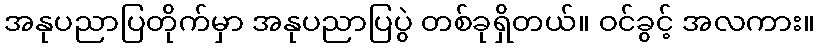
အနုပညာပြတိုက်မှာ အနုပညာပြပွဲ တစ်ခုရှိတယ်။ ဝင်ခွင့် အလကား။